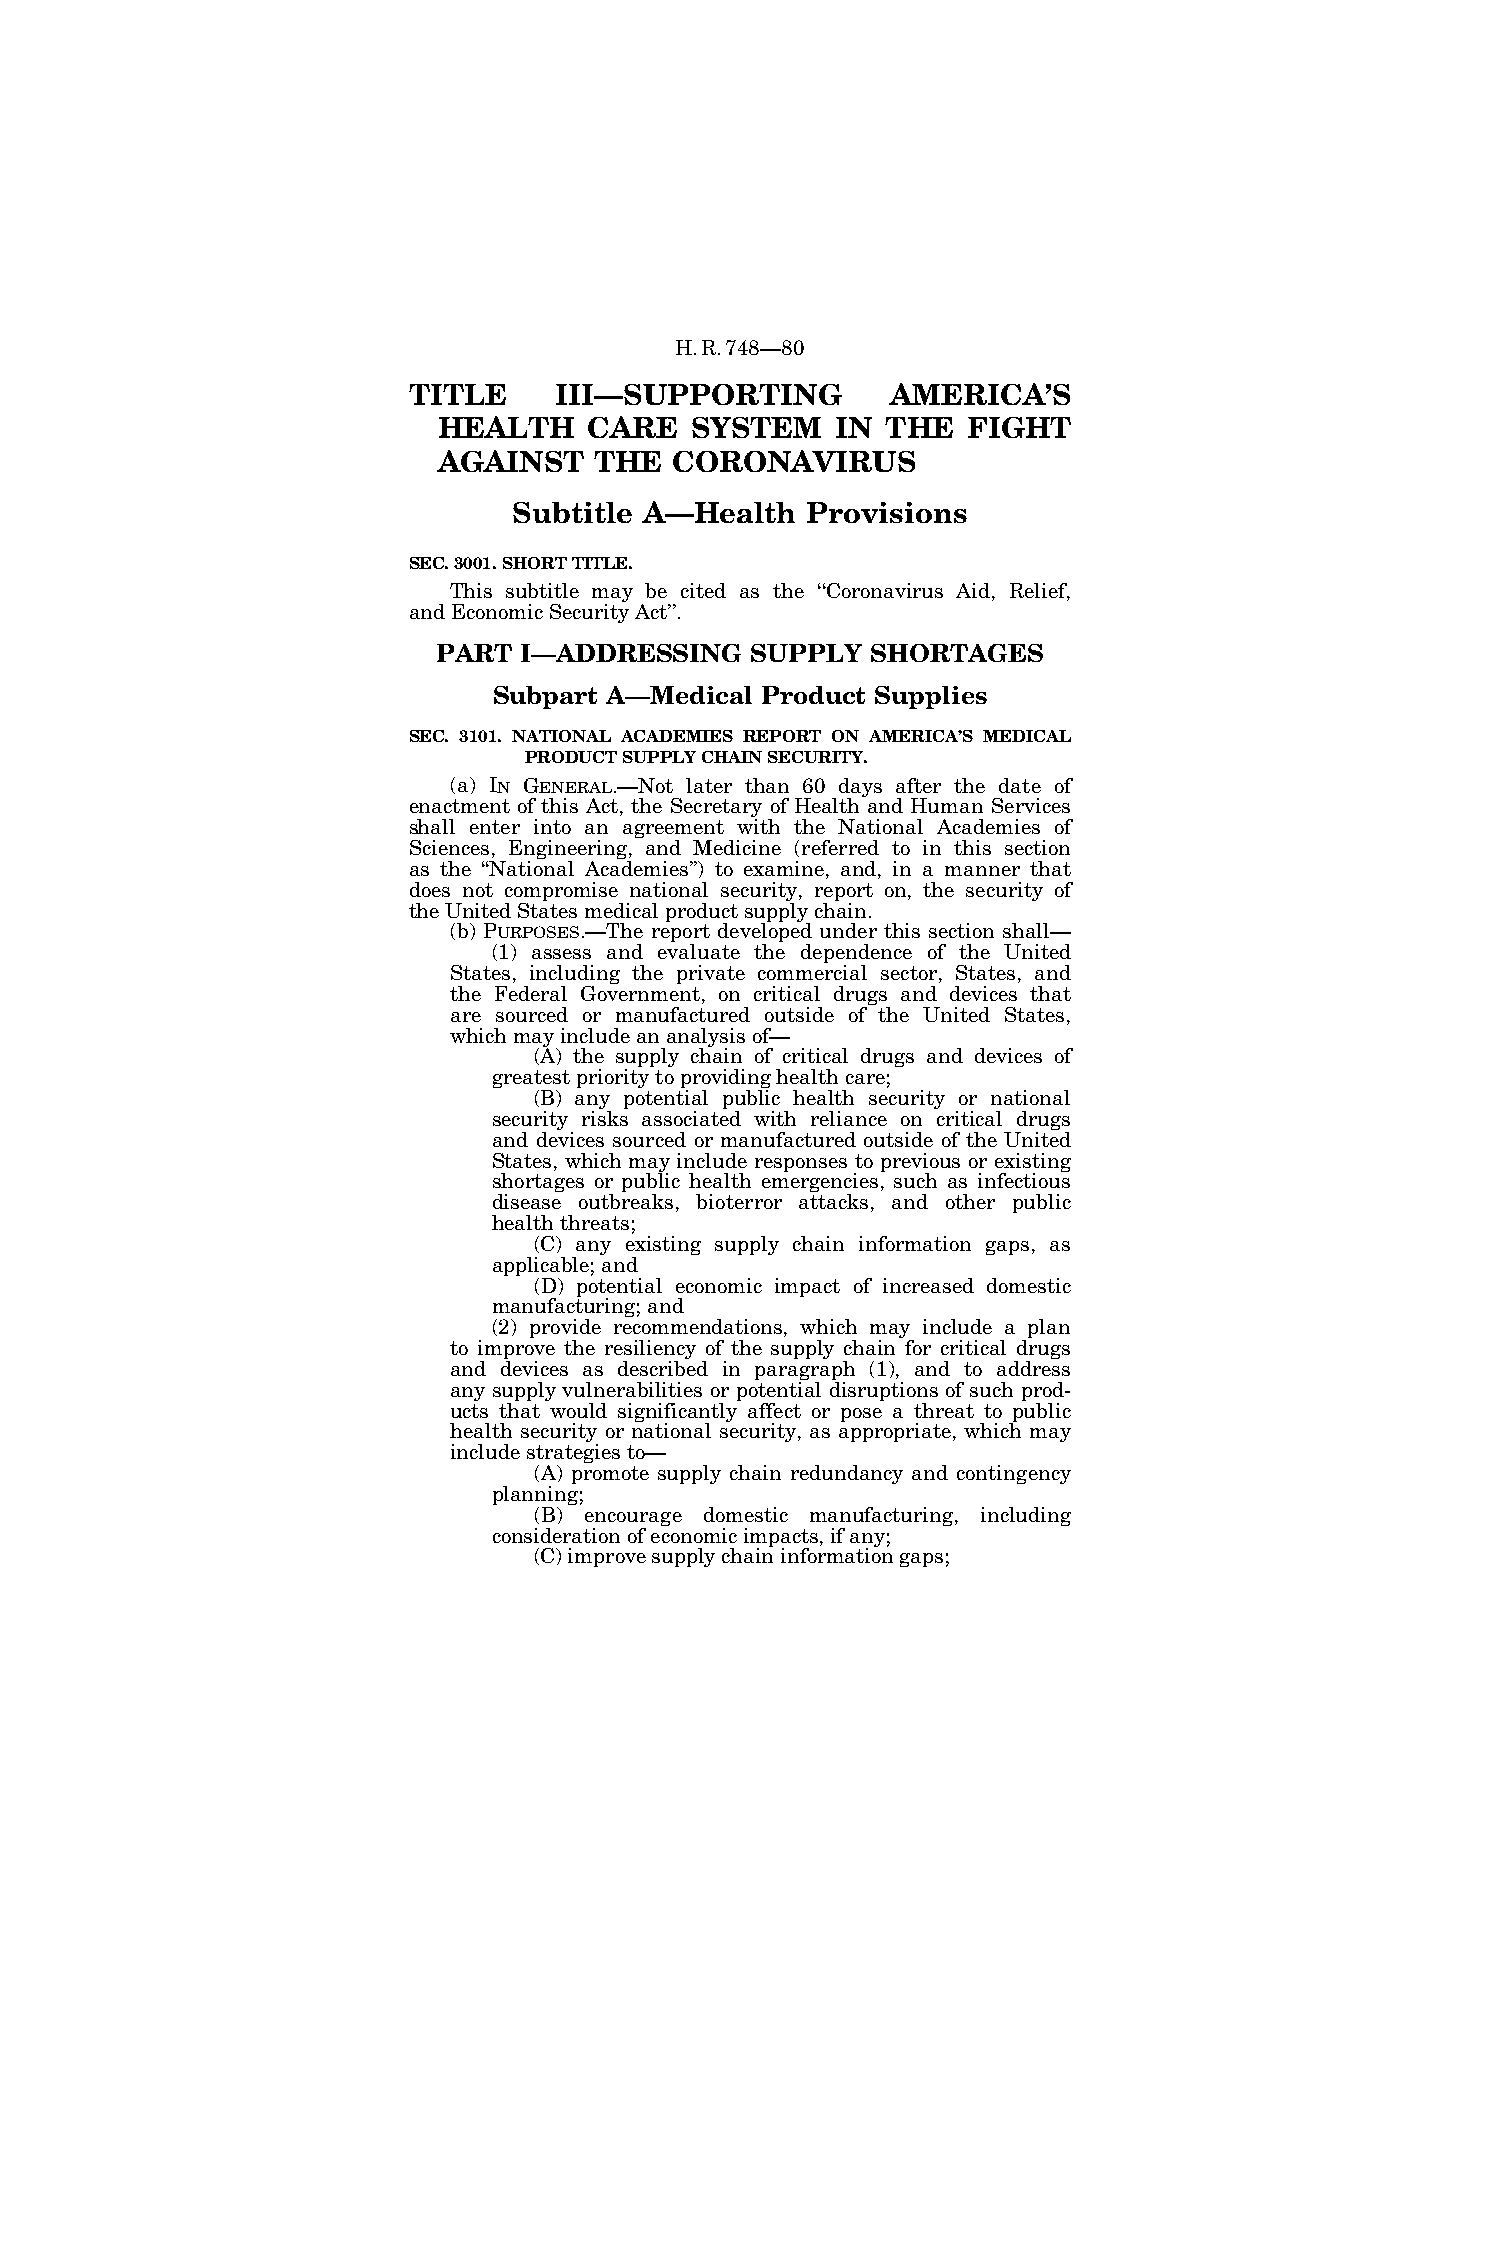
H.R.748—80
 TITLE     III—SUPPORTING        AMERICA’S
 HEALTH    CARE   SYSTEM   IN  THE  FIGHT
 AGAINST   THE   CORONAVIRUS
 Subtitle A—Health  Provisions
 SEC. 3001. SHORT TITLE.
 This subtitle may be cited as the ‘‘Coronavirus Aid, Relief,
 and Economic Security Act’’.
 PART I—ADDRESSING    SUPPLY  SHORTAGES
 Subpart A—Medical Product Supplies
 SEC. 3101. NATIONAL ACADEMIES REPORT ON AMERICA’S MEDICAL
 PRODUCT SUPPLY CHAIN SECURITY.
 (a) IN GENERAL.—Not later than 60 days after the date of
 enactment of this Act, the Secretary of Health and Human Services
 shall enter into an agreement with the National Academies of
 Sciences, Engineering, and Medicine (referred to in this section
 as the ‘‘National Academies’’) to examine, and, in a manner that
 does not compromise national security, report on, the security of
 the United States medical product supply chain.
 (b) PURPOSES.—The report developed under this section shall—
 (1) assess and evaluate the dependence of the United
 States, including the private commercial sector, States, and
 the Federal Government, on critical drugs and devices that
 are sourced or manufactured outside of the United States,
 which may include an analysis of—
 (A) the supply chain of critical drugs and devices of
 greatest priority to providing health care;
 (B) any potential public health security or national
 security risks associated with reliance on critical drugs
 and devices sourced or manufactured outside of the United
 States, which may include responses to previous or existing
 shortages or public health emergencies, such as infectious
 disease outbreaks, bioterror attacks, and other public
 health threats;
 (C) any existing supply chain information gaps, as
 applicable; and
 (D) potential economic impact of increased domestic
 manufacturing; and
 (2) provide recommendations, which may include a plan
 to improve the resiliency of the supply chain for critical drugs
 and devices as described in paragraph (1), and to address
 any supply vulnerabilities or potential disruptions of such prod-
 ucts that would significantly affect or pose a threat to public
 health security or national security, as appropriate, which may
 include strategies to—
 (A) promote supply chain redundancy and contingency
 planning;
 (B) encourage domestic manufacturing, including
 consideration of economic impacts, if any;
 (C) improve supply chain information gaps;